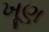
ખૂણ